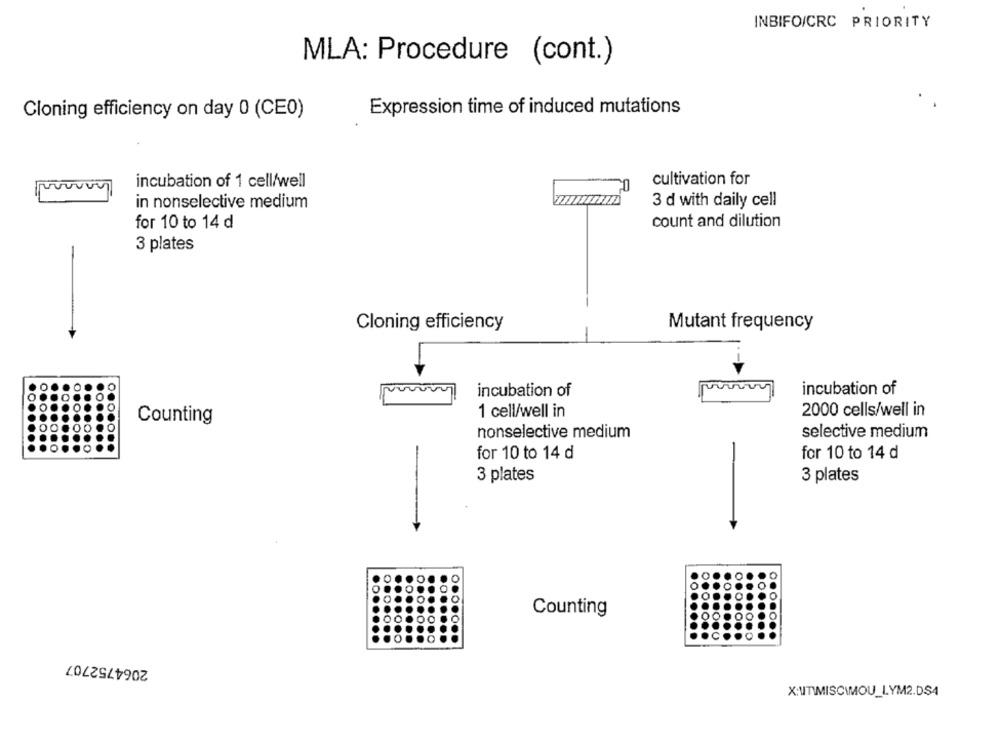
INBIFO/CRC PRIORITY
MLA: Procedure (cont.)
Expression time of induced mutations
Cloning efficiency on day 0 (CEO)
incubation of 1 cell/well
cultivation for
provivir
in nonselective medium
3 d with daily cell
count and dilution
for 10 to 14 d
3 plates
Cloning efficiency
Mutant frequency
-
incubation of
incubation of
1 cell/well in
2000 cells/well in
Counting
nonselective medium
selective medium
for 10 to 14 d
for 10 to 14 d
3 plates
3 plates
Counting
2064752707
X:UTIMISCIMOU_LYM2.DS4